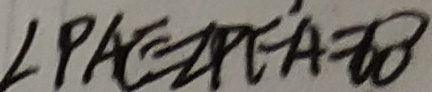
\angle P A E = \angle P E A = 6 0